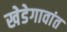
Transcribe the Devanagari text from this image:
खेडेगावांत